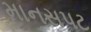
માનસપટ